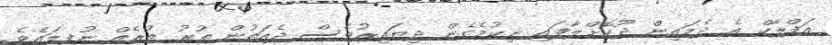
އަފްލާކް އެ ދެމައިން ދޫކޮށްލާފައި ނިކުމެގެން ދިޔައިރުވެސް ދެއަތުން ތުރު ތުރެއް ނުފިލައެވެ.